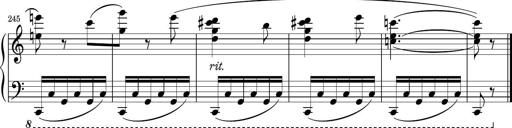
Title: Sonatina PandemÃ³nium
Composer: VÃ­ctor Carbajo
Key: C major